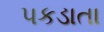
પકડાતા